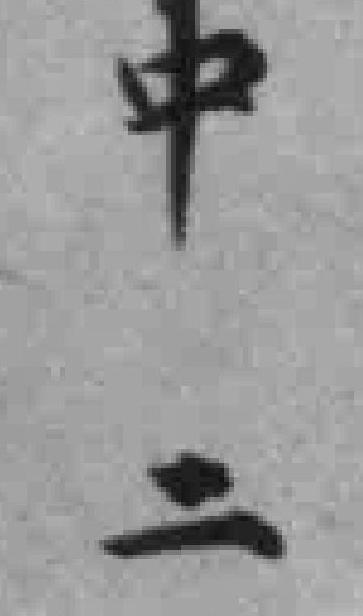
中二